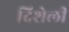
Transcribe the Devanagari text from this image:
दिशेली